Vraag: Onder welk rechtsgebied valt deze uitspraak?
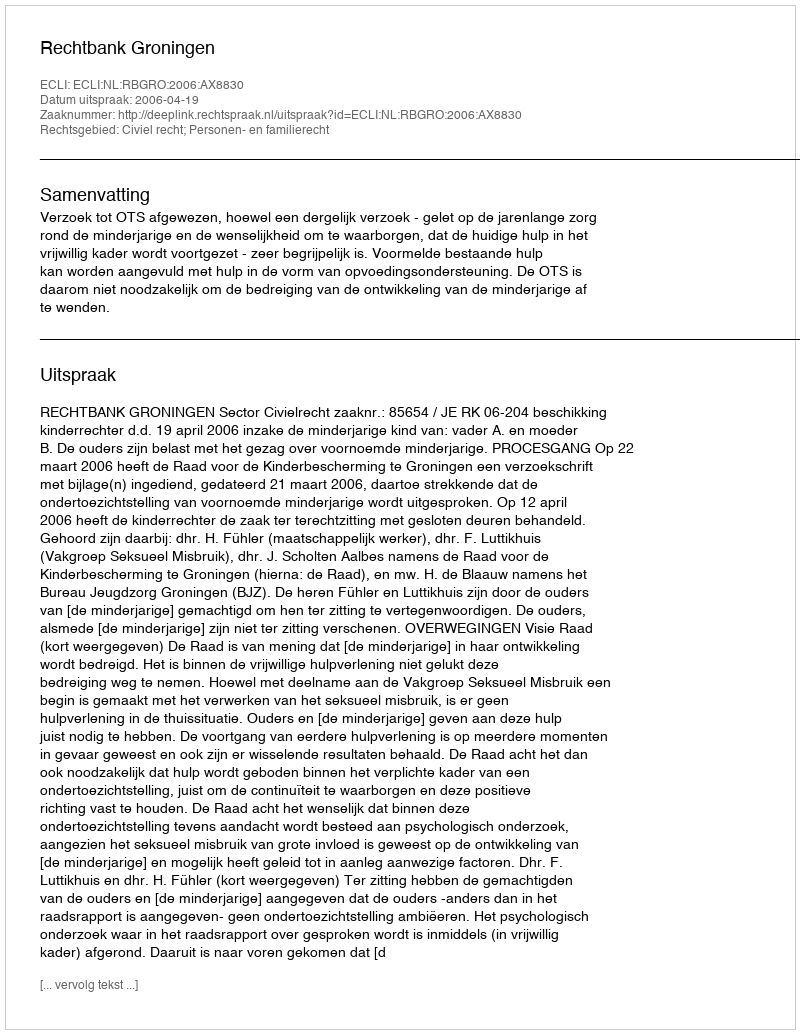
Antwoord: Civiel recht; Personen- en familierecht